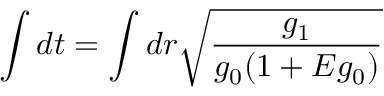
\int d t = \int d r \sqrt { \frac { g _ { 1 } } { g _ { 0 } ( 1 + E g _ { 0 } ) } } \;